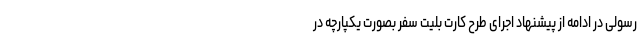
رسولی در ادامه از پیشنهاد اجرای طرح کارت بلیت سفر بصورت یکپارچه در